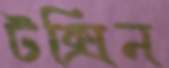
টক্সিন